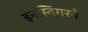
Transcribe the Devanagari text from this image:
इनस्विंगरने